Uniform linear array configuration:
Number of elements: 8
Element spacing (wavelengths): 0.75
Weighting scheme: cosine
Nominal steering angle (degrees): -15
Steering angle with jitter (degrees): -13.171
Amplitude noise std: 0.05
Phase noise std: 0.05

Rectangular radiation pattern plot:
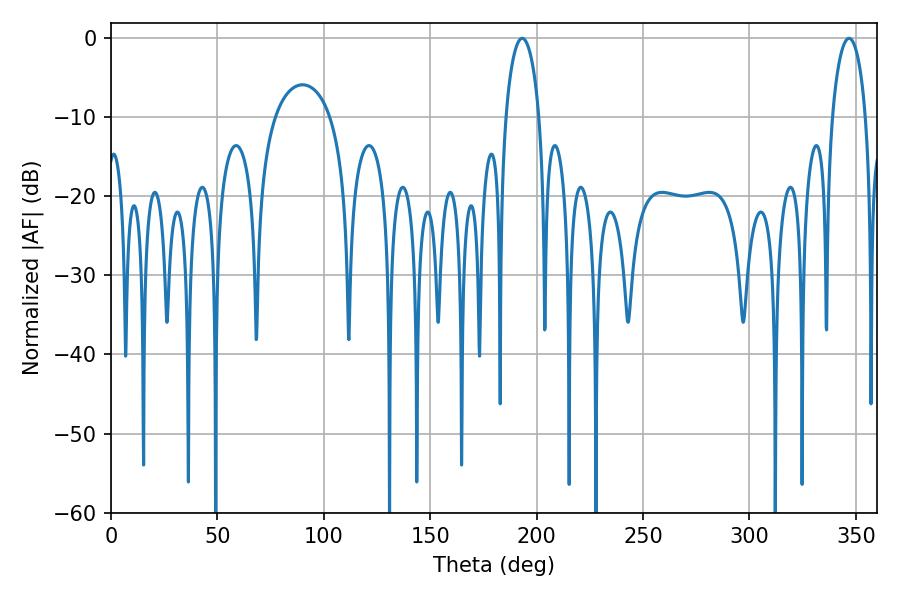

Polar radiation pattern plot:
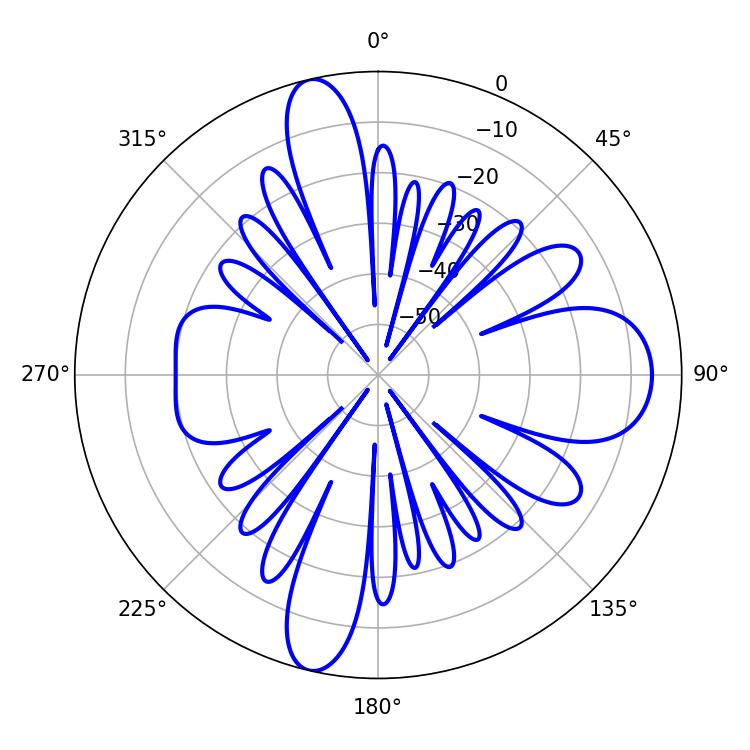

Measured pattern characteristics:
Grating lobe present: TRUE
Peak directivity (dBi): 18.919
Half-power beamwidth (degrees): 9
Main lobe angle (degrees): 193.14